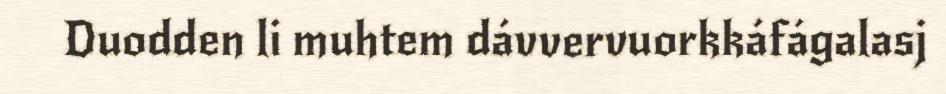
Duodden li muhtem dávvervuorkkáfágalasj